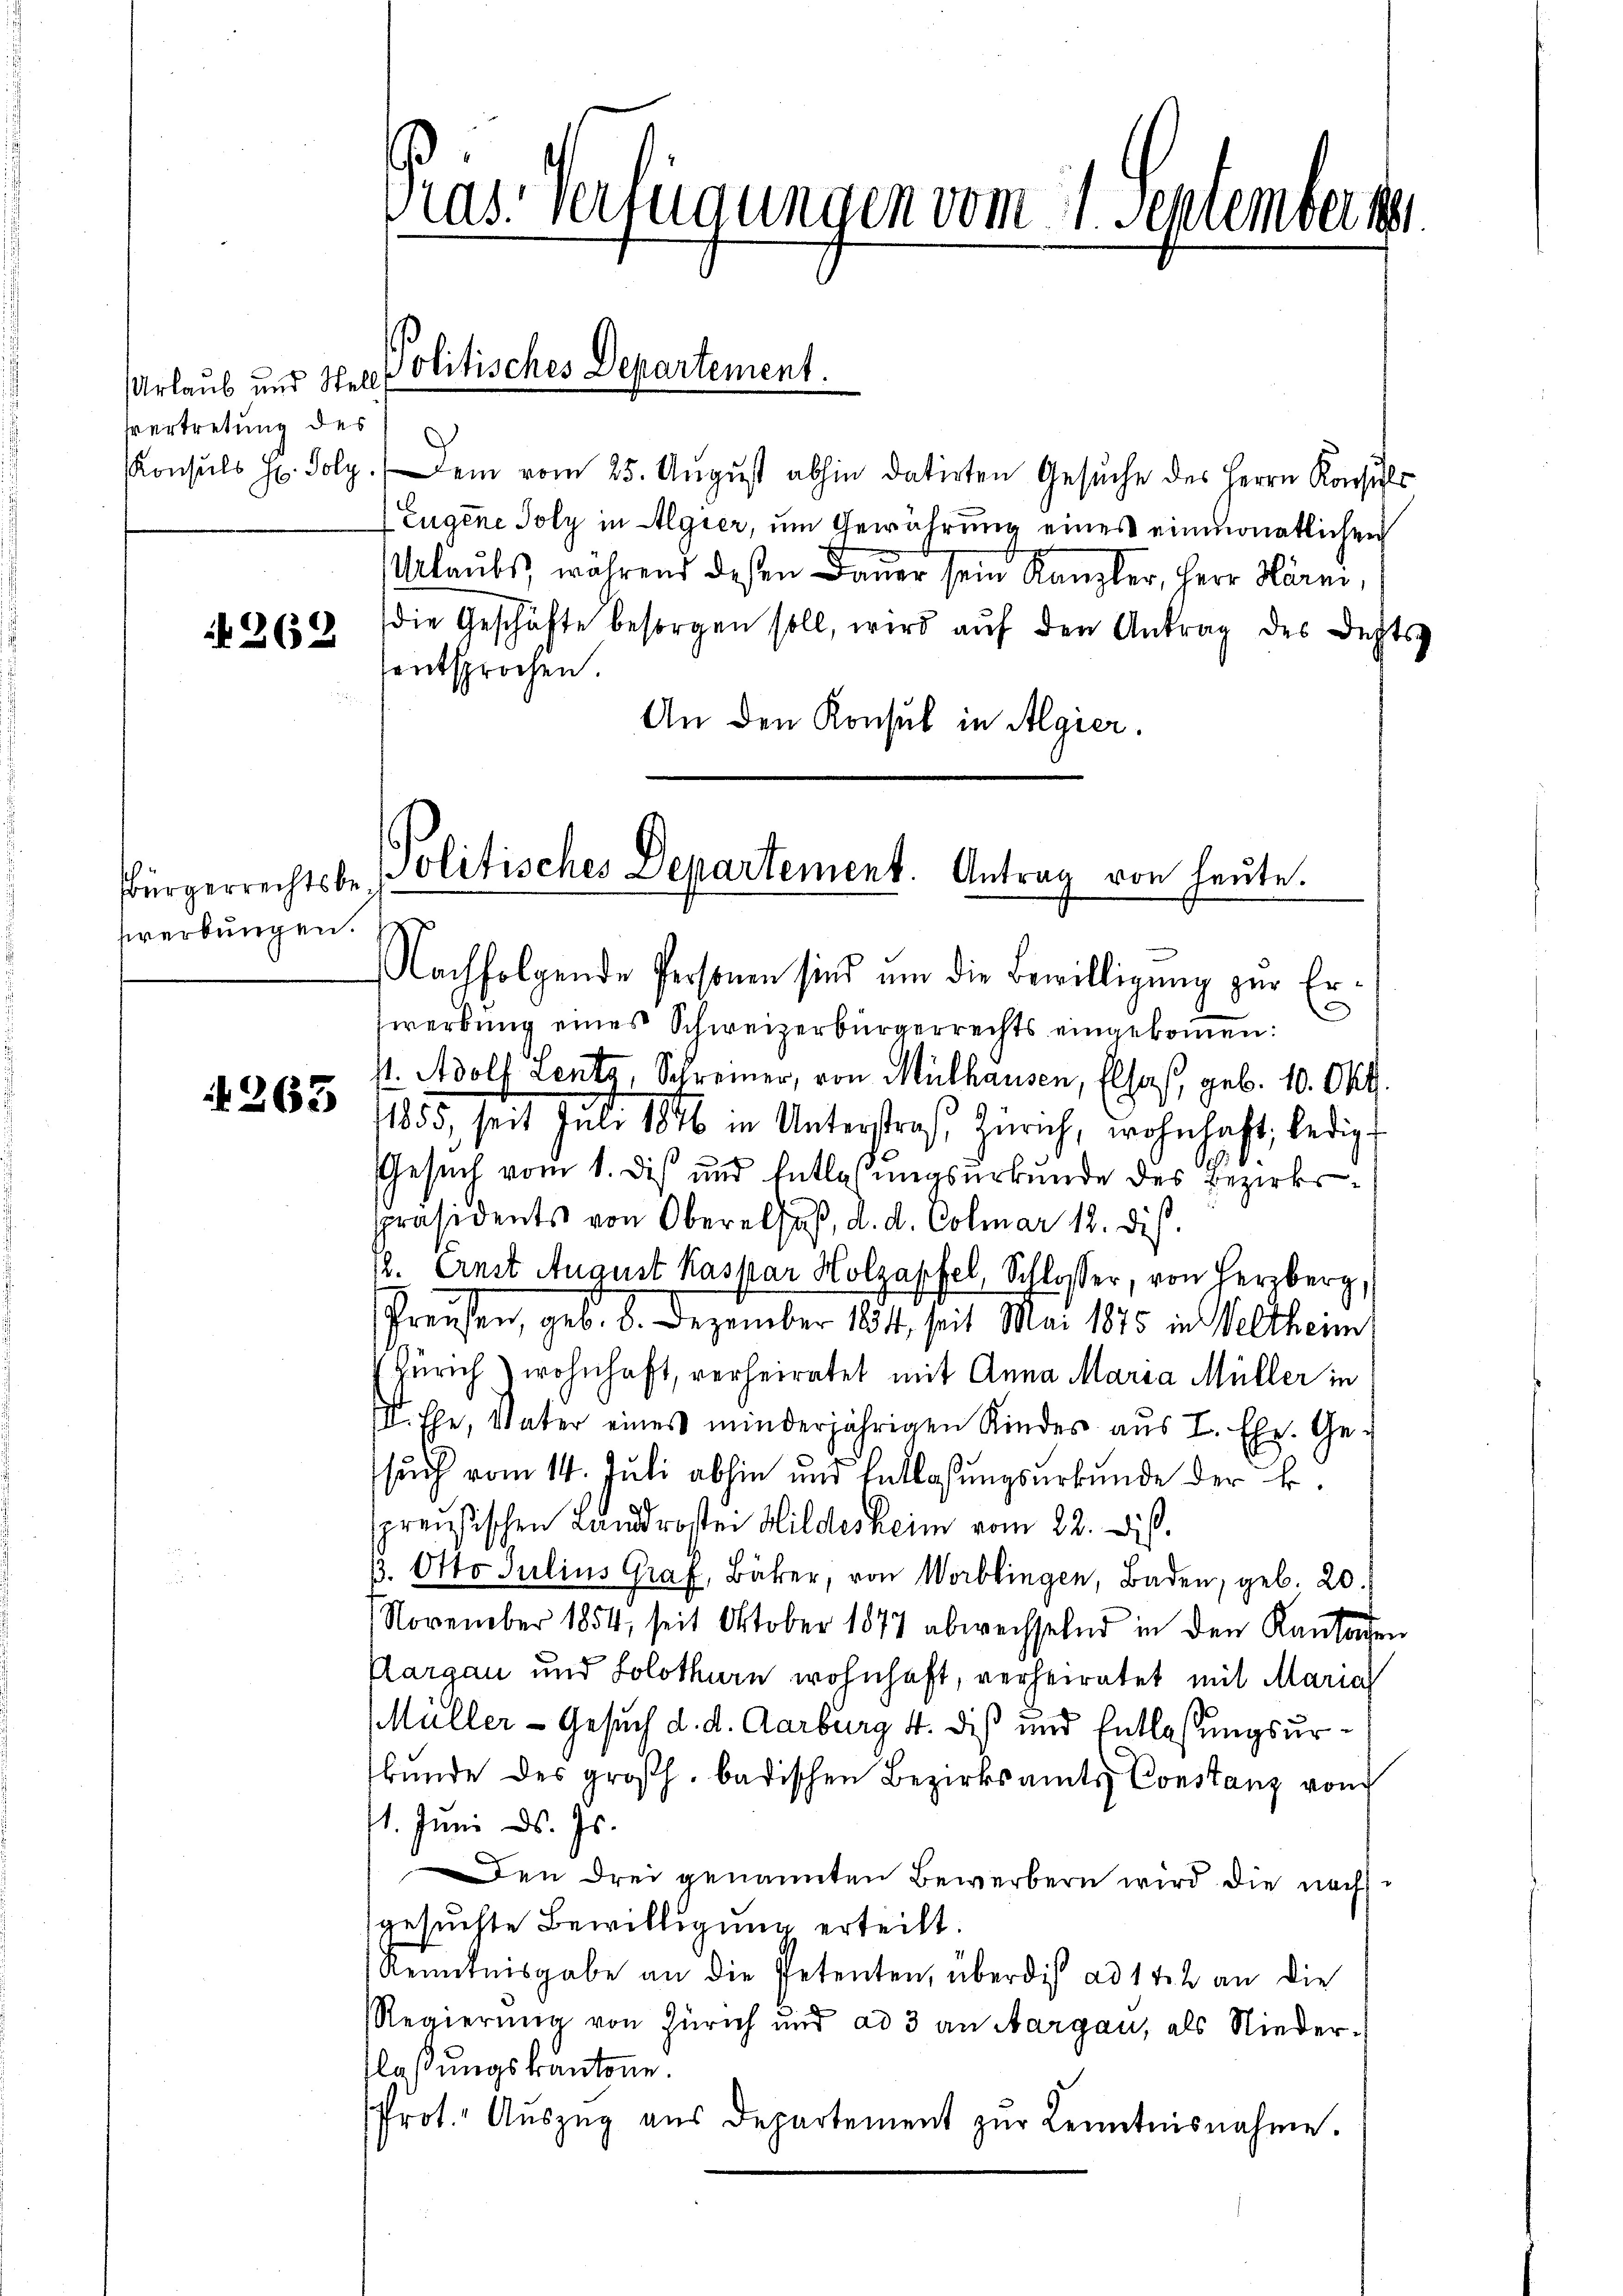
Urlaub und Stellt
svertretung des

262

sbürgerrechtsbewerbungen.

263

ras. Verfügungen vom 21. Septembe

Konsuls H. Folg. Dem vom 25. August abhin datirten Gesuche des Herrn Konsuls
Eugene Joly in Algier, um Gewährung eines einmonatlichen
Urlaubes, während deßen Dauer sein Kanzler, Herr Harni,
die Geschäfte besorgen soll, wird aŭf den Antrag des Depts
entsprochen.
An den Konsul in Algier.

Politisches Departement.

Jolitisches Departement. Antrag von heute.

Nachfolgende Personen sind um die Bewilligung zur Erwerbung eines Schweizerbürgerrechts eingekommen:
st. Adolf Lents, Schreiner, von Mülhausen, Elsaß, geb. 10. Okt.
1855, seit Juli 1876 in Unterstraf, Zürich, wohnhaft, ledigt
Gesuch vom 1. Des und Entlassungsurkunde des Bezirkspräsidents von Oberalsaß, d. d. Colmar 18. dis
12. Anst August Kaspar Holzapfel, Schlosser, von Herzberg,
Preusen, geb. 8. Dezember 181, seit Mai 1875 in Veltheim
Zürich wohnhaft, verheiratet mit Anna Maria Müller in
S. Ehe, Vater eines minderjährigen Kindes aus L. Ehe. Ge-
such vom 14. Juli abhin und Entlassungsurkunde der B.
preußischen Landrosten Hilderheim vom 22. Dis.
p. Otto Julius Graf, Bäker, von Worblingen, Baden, geb. 20.
November 1854, seit Oktober 1877 abwechselnd in den Kantagen
Pargau und Solothurn wohnhaft, verheiratet mit Maria
Müller - Gesuch d. d. Aarburg 4. dis und Entlassungsurbŭnde des großh. badischen Bezirksamts Constanz von
1. Juni d. Js.
Den drei genannten Bewerbern wird die nachgesuchte Bewilligung erteilt.
Kenntnisgabe an die Petenten, überdis ad 1 f. 2 an die
Regierung von Zürich und ad 3 an Aargau, als Niederflaßungskantone.
Prot. Aŭszŭg aŭs Departement zŭr Kenntnisnahme.